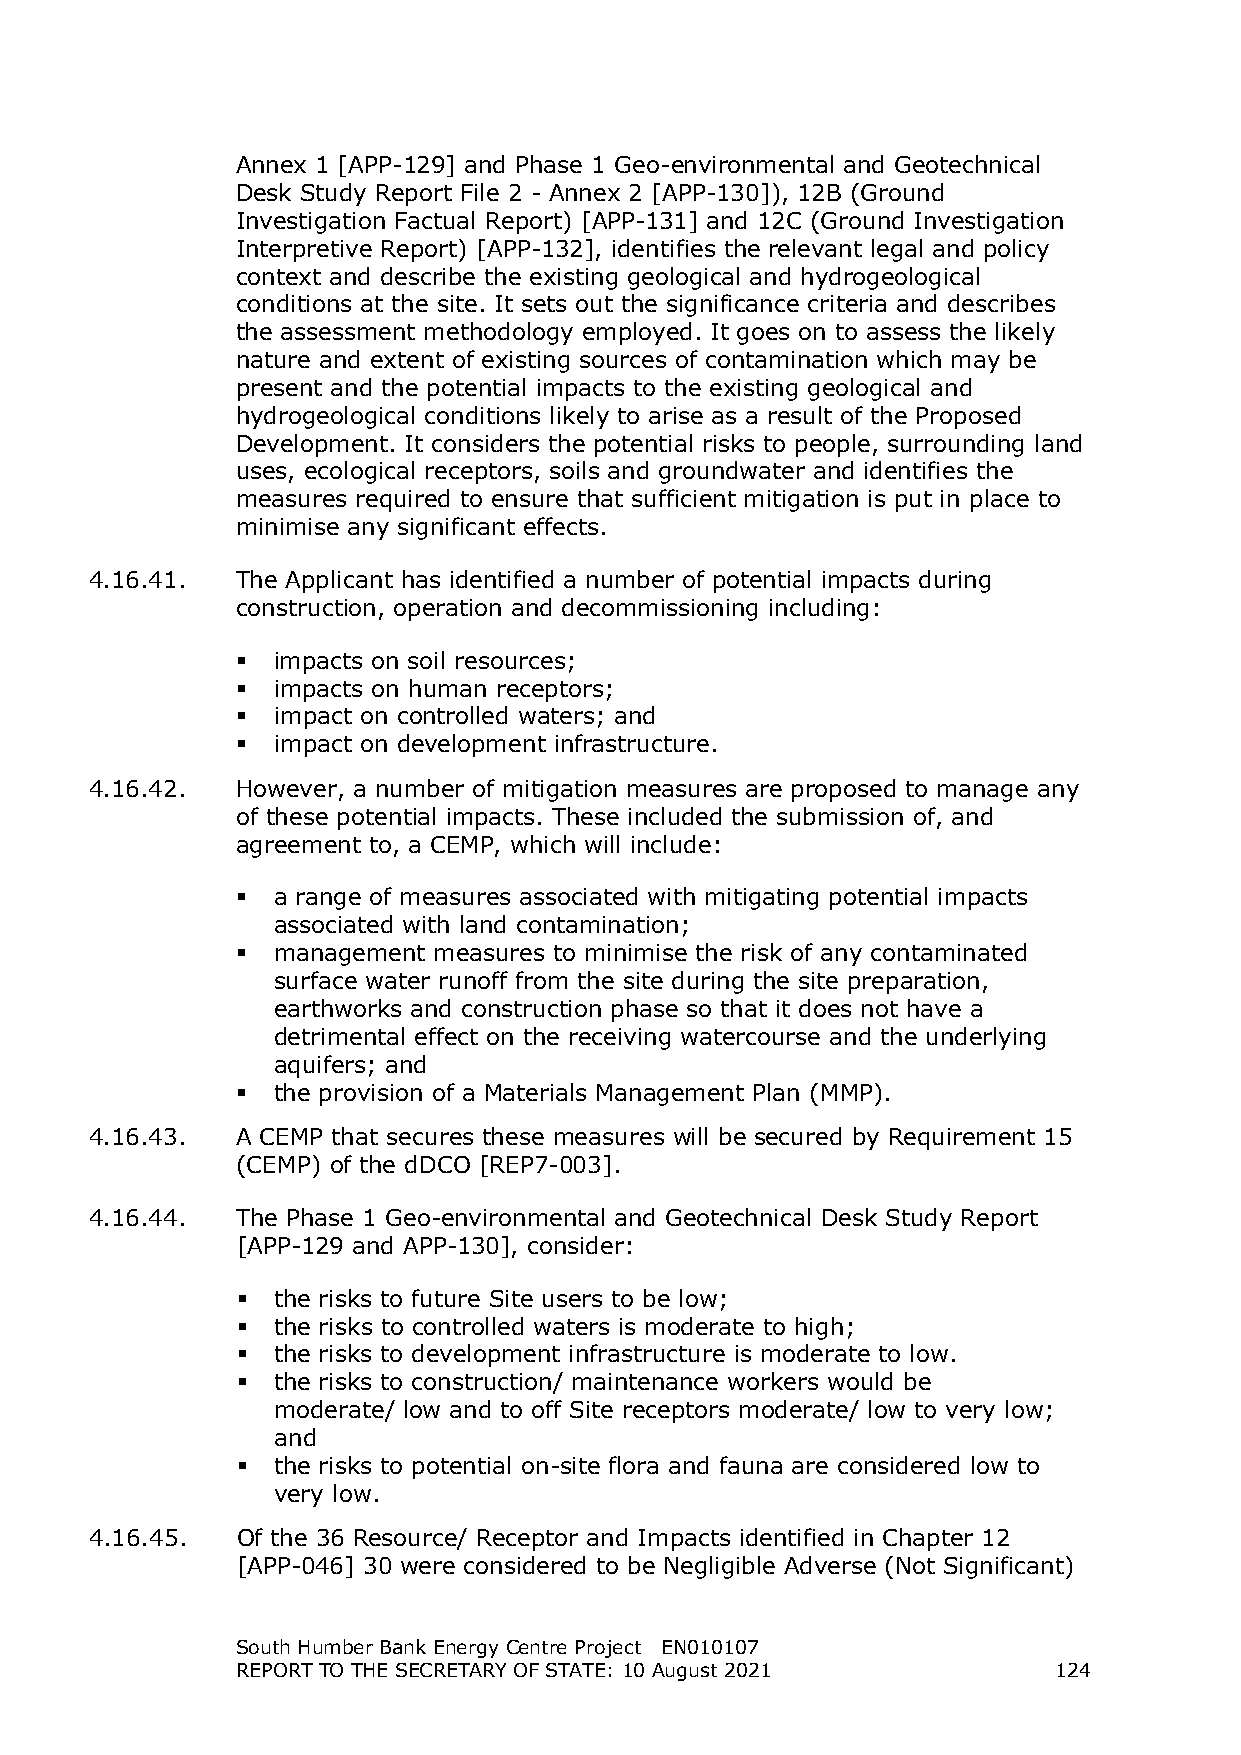
Annex 1 [APP-129] and Phase 1 Geo-environmental and Geotechnical
 Desk Study Report File 2 - Annex 2 [APP-130]), 12B (Ground
 Investigation Factual Report) [APP-131] and 12C (Ground Investigation
 Interpretive Report) [APP-132], identifies the relevant legal and policy
 context and describe the existing geological and hydrogeological
 conditions at the site. It sets out the significance criteria and describes
 the assessment methodology employed. It goes on to assess the likely
 nature and extent of existing sources of contamination which may be
 present and the potential impacts to the existing geological and
 hydrogeological conditions likely to arise as a result of the Proposed
 Development. It considers the potential risks to people, surrounding land
 uses, ecological receptors, soils and groundwater and identifies the
 measures required to ensure that sufficient mitigation is put in place to
 minimise any significant effects.
 4.16.41.  The Applicant has identified a number of potential impacts during
 construction, operation and decommissioning including:
  impacts on soil resources;
  impacts on human receptors;
  impact on controlled waters; and
  impact on development infrastructure.
 4.16.42.  However, a number of mitigation measures are proposed to manage any
 of these potential impacts. These included the submission of, and
 agreement to, a CEMP, which will include:
  a range of measures associated with mitigating potential impacts
 associated with land contamination;
  management measures to minimise the risk of any contaminated
 surface water runoff from the site during the site preparation,
 earthworks and construction phase so that it does not have a
 detrimental effect on the receiving watercourse and the underlying
 aquifers; and
  the provision of a Materials Management Plan (MMP).
 4.16.43.  A CEMP that secures these measures will be secured by Requirement 15
 (CEMP) of the dDCO [REP7-003].
 4.16.44.  The Phase 1 Geo-environmental and Geotechnical Desk Study Report
 [APP-129 and APP-130], consider:
  the risks to future Site users to be low;
  the risks to controlled waters is moderate to high;
  the risks to development infrastructure is moderate to low.
  the risks to construction/ maintenance workers would be
 moderate/ low and to off Site receptors moderate/ low to very low;
 and
  the risks to potential on-site flora and fauna are considered low to
 very low.
 4.16.45.  Of the 36 Resource/ Receptor and Impacts identified in Chapter 12
 [APP-046] 30 were considered to be Negligible Adverse (Not Significant)
 South Humber Bank Energy Centre Project EN010107
 REPORT TO THE SECRETARY OF STATE: 10 August 2021      124